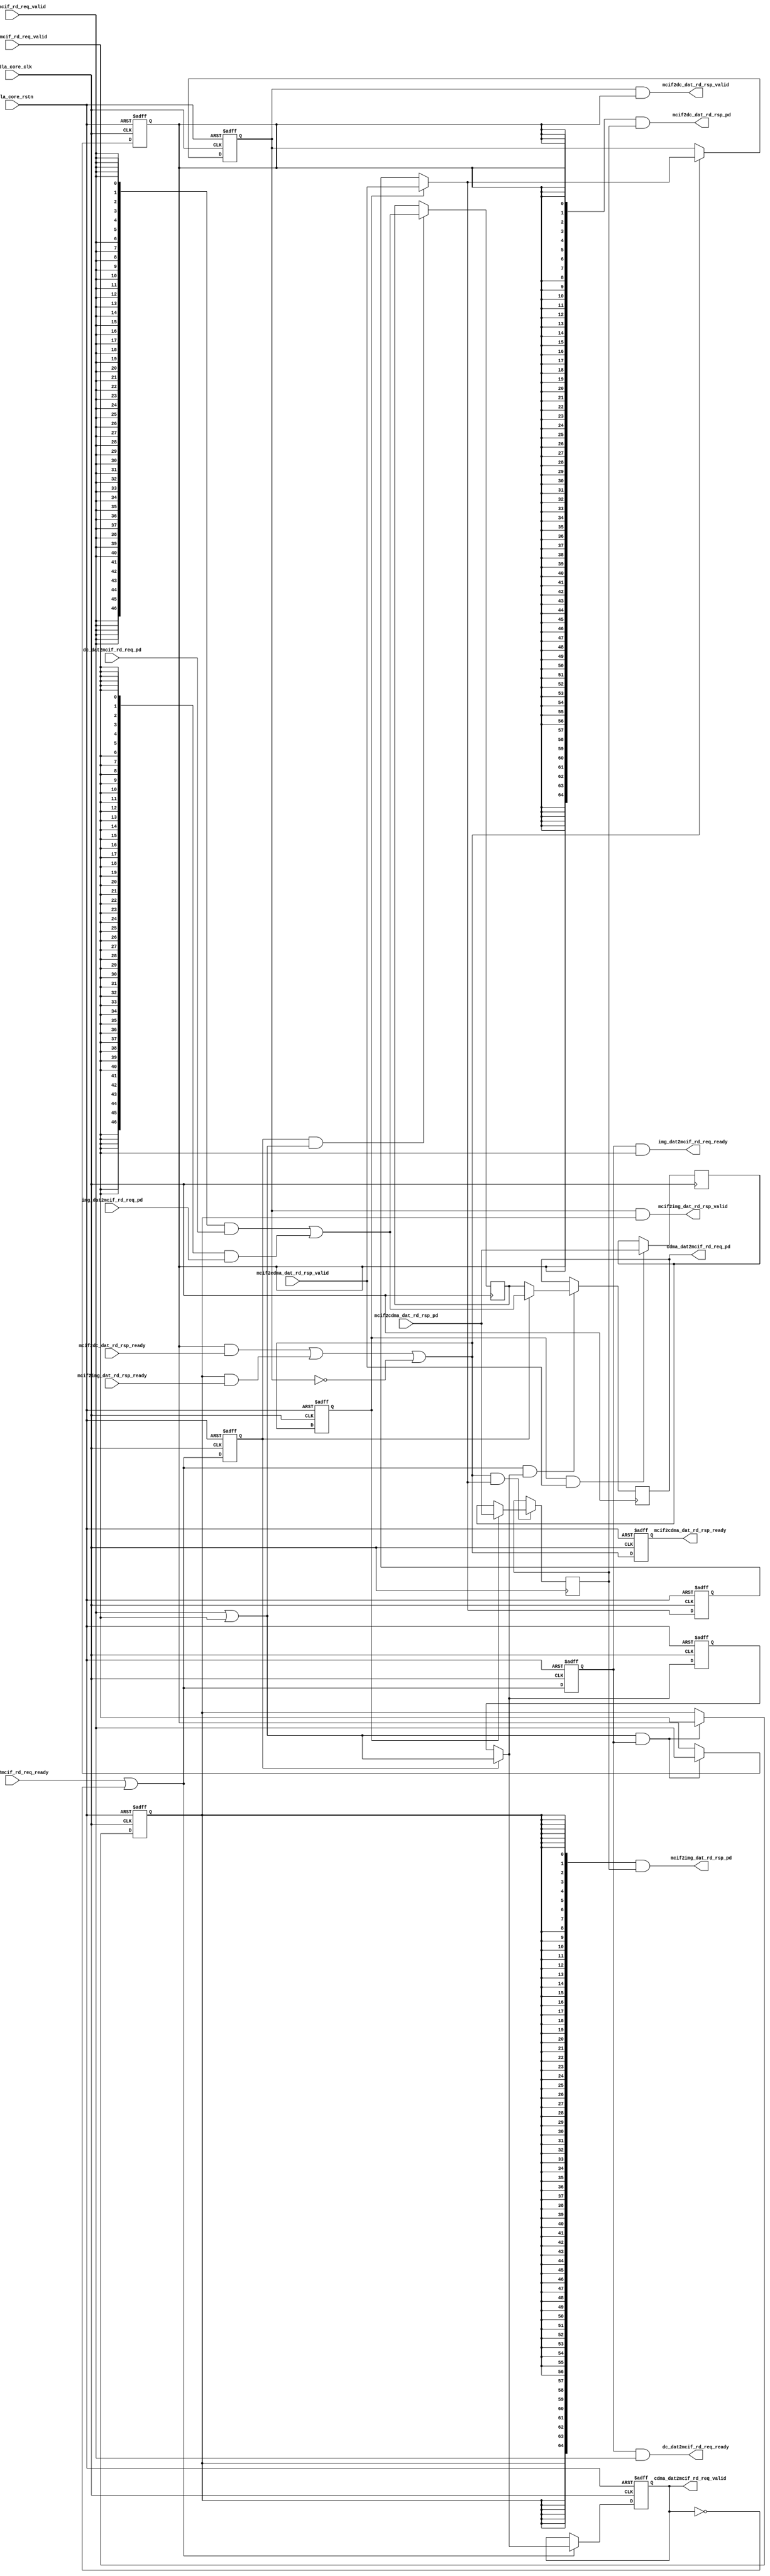
// ================================================================
// NVDLA Open Source Project
//
// Copyright(c) 2016 - 2017 NVIDIA Corporation. Licensed under the
// NVDLA Open Hardware License; Check "LICENSE" which comes with
// this distribution for more information.
// ================================================================
// ================================================================
// NVDLA Open Source Project
// 
// Copyright(c) 2016 - 2017 NVIDIA Corporation.  Licensed under the
// NVDLA Open Hardware License; Check "LICENSE" which comes with 
// this distribution for more information.
// ================================================================
//#define CDMA_SBUF_SDATA_BITS            256
//DorisL-S----------------
//
// #if ( NVDLA_MEMORY_ATOMIC_SIZE  ==  32 )
//     #define IMG_LARGE
// #endif
// #if ( NVDLA_MEMORY_ATOMIC_SIZE == 8 )
//     #define IMG_SMALL
// #endif
//DorisL-E----------------
//--------------------------------------------------
module NV_NVDLA_CDMA_dma_mux (
   nvdla_core_clk
  ,nvdla_core_rstn
  ,dc_dat2mcif_rd_req_valid
  ,dc_dat2mcif_rd_req_ready
  ,dc_dat2mcif_rd_req_pd
  ,img_dat2mcif_rd_req_valid
  ,img_dat2mcif_rd_req_ready
  ,img_dat2mcif_rd_req_pd
  ,cdma_dat2mcif_rd_req_valid
  ,cdma_dat2mcif_rd_req_ready
  ,cdma_dat2mcif_rd_req_pd
  ,mcif2cdma_dat_rd_rsp_valid
  ,mcif2cdma_dat_rd_rsp_ready
  ,mcif2cdma_dat_rd_rsp_pd
  ,mcif2dc_dat_rd_rsp_valid
  ,mcif2dc_dat_rd_rsp_ready
  ,mcif2dc_dat_rd_rsp_pd
  ,mcif2img_dat_rd_rsp_valid
  ,mcif2img_dat_rd_rsp_ready
  ,mcif2img_dat_rd_rsp_pd
  );
////////////////////////////////////////////////////////////////////
input nvdla_core_clk;
input nvdla_core_rstn;
input dc_dat2mcif_rd_req_valid; /* data valid */
output dc_dat2mcif_rd_req_ready; /* data return handshake */
input [( 32 + 15 )-1:0] dc_dat2mcif_rd_req_pd;
output mcif2dc_dat_rd_rsp_valid; /* data valid */
input mcif2dc_dat_rd_rsp_ready; /* data return handshake */
output [( 64 + (64/8/8) )-1:0] mcif2dc_dat_rd_rsp_pd;
input img_dat2mcif_rd_req_valid; /* data valid */
output img_dat2mcif_rd_req_ready; /* data return handshake */
input [( 32 + 15 )-1:0] img_dat2mcif_rd_req_pd;
output mcif2img_dat_rd_rsp_valid; /* data valid */
input mcif2img_dat_rd_rsp_ready; /* data return handshake */
output [( 64 + (64/8/8) )-1:0] mcif2img_dat_rd_rsp_pd;
output cdma_dat2mcif_rd_req_valid; /* data valid */
input cdma_dat2mcif_rd_req_ready; /* data return handshake */
output [( 32 + 15 )-1:0] cdma_dat2mcif_rd_req_pd;
input mcif2cdma_dat_rd_rsp_valid; /* data valid */
output mcif2cdma_dat_rd_rsp_ready; /* data return handshake */
input [( 64 + (64/8/8) )-1:0] mcif2cdma_dat_rd_rsp_pd;
////////////////////////////////////////////////////////////////////
wire [( 32 + 15 )-1:0] cdma_dat2mcif_rd_req_pd;
wire cdma_dat2mcif_rd_req_valid;
wire dc_dat2mcif_rd_req_ready;
wire img_dat2mcif_rd_req_ready;
wire mc_sel_dc_w;
wire mc_sel_img_w;
wire mcif2cdma_dat_rd_rsp_ready;
wire [( 64 + (64/8/8) )-1:0] mcif2dc_dat_rd_rsp_pd;
wire mcif2dc_dat_rd_rsp_valid;
wire [( 64 + (64/8/8) )-1:0] mcif2img_dat_rd_rsp_pd;
wire mcif2img_dat_rd_rsp_valid;
wire [( 32 + 15 )-1:0] req_mc_in_pd;
wire req_mc_in_pvld;
wire req_mc_out_prdy;
wire [( 64 + (64/8/8) )-1:0] rsp_mc_in_pd;
wire rsp_mc_in_pvld;
wire rsp_mc_out_prdy;
reg mc_sel_dc;
reg mc_sel_img;
////////////////////////////////////////////////////////////////////////
// Data request channel //
////////////////////////////////////////////////////////////////////////
//////////////// MCIF interface ////////////////
assign mc_sel_dc_w = dc_dat2mcif_rd_req_valid;
assign mc_sel_img_w = img_dat2mcif_rd_req_valid;
assign req_mc_in_pvld = dc_dat2mcif_rd_req_valid |
                        img_dat2mcif_rd_req_valid;
assign req_mc_in_pd = ({( 32 + 15 ) {mc_sel_dc_w}} & dc_dat2mcif_rd_req_pd) |
                      ({( 32 + 15 ) {mc_sel_img_w}} & img_dat2mcif_rd_req_pd);
//: my $k = ( 32 + 15 );
//: &eperl::pipe("-is -wid ${k} -do req_mc_out_pd -vo req_mc_out_pvld -ri req_mc_out_prdy -di req_mc_in_pd -vi req_mc_in_pvld -ro req_mc_in_prdy");
//| eperl: generated_beg (DO NOT EDIT BELOW)
// Reg
reg req_mc_in_prdy;
reg skid_flop_req_mc_in_prdy;
reg skid_flop_req_mc_in_pvld;
reg [47-1:0] skid_flop_req_mc_in_pd;
reg pipe_skid_req_mc_in_pvld;
reg [47-1:0] pipe_skid_req_mc_in_pd;
// Wire
wire skid_req_mc_in_pvld;
wire [47-1:0] skid_req_mc_in_pd;
wire skid_req_mc_in_prdy;
wire pipe_skid_req_mc_in_prdy;
wire req_mc_out_pvld;
wire [47-1:0] req_mc_out_pd;
// Code
// SKID READY
always @(posedge nvdla_core_clk or negedge nvdla_core_rstn) begin
   if (!nvdla_core_rstn) begin
       req_mc_in_prdy <= 1'b1;
       skid_flop_req_mc_in_prdy <= 1'b1;
   end else begin
       req_mc_in_prdy <= skid_req_mc_in_prdy;
       skid_flop_req_mc_in_prdy <= skid_req_mc_in_prdy;
   end
end

// SKID VALID
always @(posedge nvdla_core_clk or negedge nvdla_core_rstn) begin
    if (!nvdla_core_rstn) begin
        skid_flop_req_mc_in_pvld <= 1'b0;
    end else begin
        if (skid_flop_req_mc_in_prdy) begin
            skid_flop_req_mc_in_pvld <= req_mc_in_pvld;
        end
   end
end
assign skid_req_mc_in_pvld = (skid_flop_req_mc_in_prdy) ? req_mc_in_pvld : skid_flop_req_mc_in_pvld;

// SKID DATA
always @(posedge nvdla_core_clk) begin
    if (skid_flop_req_mc_in_prdy & req_mc_in_pvld) begin
        skid_flop_req_mc_in_pd[47-1:0] <= req_mc_in_pd[47-1:0];
    end
end
assign skid_req_mc_in_pd[47-1:0] = (skid_flop_req_mc_in_prdy) ? req_mc_in_pd[47-1:0] : skid_flop_req_mc_in_pd[47-1:0];


// PIPE READY
assign skid_req_mc_in_prdy = pipe_skid_req_mc_in_prdy || !pipe_skid_req_mc_in_pvld;

// PIPE VALID
always @(posedge nvdla_core_clk or negedge nvdla_core_rstn) begin
    if (!nvdla_core_rstn) begin
        pipe_skid_req_mc_in_pvld <= 1'b0;
    end else begin
        if (skid_req_mc_in_prdy) begin
            pipe_skid_req_mc_in_pvld <= skid_req_mc_in_pvld;
        end
    end
end

// PIPE DATA
always @(posedge nvdla_core_clk) begin
    if (skid_req_mc_in_prdy && skid_req_mc_in_pvld) begin
        pipe_skid_req_mc_in_pd[47-1:0] <= skid_req_mc_in_pd[47-1:0];
    end
end


// PIPE OUTPUT
assign pipe_skid_req_mc_in_prdy = req_mc_out_prdy;
assign req_mc_out_pvld = pipe_skid_req_mc_in_pvld;
assign req_mc_out_pd = pipe_skid_req_mc_in_pd;

//| eperl: generated_end (DO NOT EDIT ABOVE)
assign dc_dat2mcif_rd_req_ready = req_mc_in_prdy & dc_dat2mcif_rd_req_valid;
assign img_dat2mcif_rd_req_ready = req_mc_in_prdy & img_dat2mcif_rd_req_valid;
assign cdma_dat2mcif_rd_req_valid = req_mc_out_pvld;
assign cdma_dat2mcif_rd_req_pd = req_mc_out_pd;
assign req_mc_out_prdy = cdma_dat2mcif_rd_req_ready;
//: &eperl::flop("-nodeclare   -rval \"1'b0\"  -en \"req_mc_in_pvld & req_mc_in_prdy\" -d \"mc_sel_dc_w\" -q mc_sel_dc");
//: &eperl::flop("-nodeclare   -rval \"1'b0\"  -en \"req_mc_in_pvld & req_mc_in_prdy\" -d \"mc_sel_img_w\" -q mc_sel_img");
//| eperl: generated_beg (DO NOT EDIT BELOW)
always @(posedge nvdla_core_clk or negedge nvdla_core_rstn) begin
   if (!nvdla_core_rstn) begin
       mc_sel_dc <= 1'b0;
   end else begin
       if ((req_mc_in_pvld & req_mc_in_prdy) == 1'b1) begin
           mc_sel_dc <= mc_sel_dc_w;
       // VCS coverage off
       end else if ((req_mc_in_pvld & req_mc_in_prdy) == 1'b0) begin
       end else begin
           mc_sel_dc <= 'bx;
       // VCS coverage on
       end
   end
end
always @(posedge nvdla_core_clk or negedge nvdla_core_rstn) begin
   if (!nvdla_core_rstn) begin
       mc_sel_img <= 1'b0;
   end else begin
       if ((req_mc_in_pvld & req_mc_in_prdy) == 1'b1) begin
           mc_sel_img <= mc_sel_img_w;
       // VCS coverage off
       end else if ((req_mc_in_pvld & req_mc_in_prdy) == 1'b0) begin
       end else begin
           mc_sel_img <= 'bx;
       // VCS coverage on
       end
   end
end

//| eperl: generated_end (DO NOT EDIT ABOVE)
//////////////// CVIF interface ////////////////
////////////////////////////////////////////////////////////////////////
// Data response channel //
////////////////////////////////////////////////////////////////////////
//////////////// MCIF interface ////////////////
assign rsp_mc_in_pvld = mcif2cdma_dat_rd_rsp_valid;
assign rsp_mc_in_pd = mcif2cdma_dat_rd_rsp_pd;
//: my $k = ( 64 + (64/8/8) );
//: &eperl::pipe("-is -wid $k -do rsp_mc_out_pd -vo rsp_mc_out_pvld -ri rsp_mc_out_prdy -di rsp_mc_in_pd -vi rsp_mc_in_pvld -ro rsp_mc_in_prdy");
//| eperl: generated_beg (DO NOT EDIT BELOW)
// Reg
reg rsp_mc_in_prdy;
reg skid_flop_rsp_mc_in_prdy;
reg skid_flop_rsp_mc_in_pvld;
reg [65-1:0] skid_flop_rsp_mc_in_pd;
reg pipe_skid_rsp_mc_in_pvld;
reg [65-1:0] pipe_skid_rsp_mc_in_pd;
// Wire
wire skid_rsp_mc_in_pvld;
wire [65-1:0] skid_rsp_mc_in_pd;
wire skid_rsp_mc_in_prdy;
wire pipe_skid_rsp_mc_in_prdy;
wire rsp_mc_out_pvld;
wire [65-1:0] rsp_mc_out_pd;
// Code
// SKID READY
always @(posedge nvdla_core_clk or negedge nvdla_core_rstn) begin
   if (!nvdla_core_rstn) begin
       rsp_mc_in_prdy <= 1'b1;
       skid_flop_rsp_mc_in_prdy <= 1'b1;
   end else begin
       rsp_mc_in_prdy <= skid_rsp_mc_in_prdy;
       skid_flop_rsp_mc_in_prdy <= skid_rsp_mc_in_prdy;
   end
end

// SKID VALID
always @(posedge nvdla_core_clk or negedge nvdla_core_rstn) begin
    if (!nvdla_core_rstn) begin
        skid_flop_rsp_mc_in_pvld <= 1'b0;
    end else begin
        if (skid_flop_rsp_mc_in_prdy) begin
            skid_flop_rsp_mc_in_pvld <= rsp_mc_in_pvld;
        end
   end
end
assign skid_rsp_mc_in_pvld = (skid_flop_rsp_mc_in_prdy) ? rsp_mc_in_pvld : skid_flop_rsp_mc_in_pvld;

// SKID DATA
always @(posedge nvdla_core_clk) begin
    if (skid_flop_rsp_mc_in_prdy & rsp_mc_in_pvld) begin
        skid_flop_rsp_mc_in_pd[65-1:0] <= rsp_mc_in_pd[65-1:0];
    end
end
assign skid_rsp_mc_in_pd[65-1:0] = (skid_flop_rsp_mc_in_prdy) ? rsp_mc_in_pd[65-1:0] : skid_flop_rsp_mc_in_pd[65-1:0];


// PIPE READY
assign skid_rsp_mc_in_prdy = pipe_skid_rsp_mc_in_prdy || !pipe_skid_rsp_mc_in_pvld;

// PIPE VALID
always @(posedge nvdla_core_clk or negedge nvdla_core_rstn) begin
    if (!nvdla_core_rstn) begin
        pipe_skid_rsp_mc_in_pvld <= 1'b0;
    end else begin
        if (skid_rsp_mc_in_prdy) begin
            pipe_skid_rsp_mc_in_pvld <= skid_rsp_mc_in_pvld;
        end
    end
end

// PIPE DATA
always @(posedge nvdla_core_clk) begin
    if (skid_rsp_mc_in_prdy && skid_rsp_mc_in_pvld) begin
        pipe_skid_rsp_mc_in_pd[65-1:0] <= skid_rsp_mc_in_pd[65-1:0];
    end
end


// PIPE OUTPUT
assign pipe_skid_rsp_mc_in_prdy = rsp_mc_out_prdy;
assign rsp_mc_out_pvld = pipe_skid_rsp_mc_in_pvld;
assign rsp_mc_out_pd = pipe_skid_rsp_mc_in_pd;

//| eperl: generated_end (DO NOT EDIT ABOVE)
assign mcif2cdma_dat_rd_rsp_ready = rsp_mc_in_prdy;
assign mcif2dc_dat_rd_rsp_valid = rsp_mc_out_pvld & mc_sel_dc;
assign mcif2img_dat_rd_rsp_valid = rsp_mc_out_pvld & mc_sel_img;
assign mcif2dc_dat_rd_rsp_pd = {( 64 + (64/8/8) ) {mc_sel_dc}} & rsp_mc_out_pd;
assign mcif2img_dat_rd_rsp_pd = {( 64 + (64/8/8) ) {mc_sel_img}} & rsp_mc_out_pd;
assign rsp_mc_out_prdy = (mc_sel_dc & mcif2dc_dat_rd_rsp_ready) |
                         (mc_sel_img & mcif2img_dat_rd_rsp_ready);
////////////////////////////////////////////////////////////////////////
// Assertion //
////////////////////////////////////////////////////////////////////////
`ifdef SPYGLASS_ASSERT_ON
`else
// spyglass disable_block NoWidthInBasedNum-ML
// spyglass disable_block STARC-2.10.3.2a
// spyglass disable_block STARC05-2.1.3.1
// spyglass disable_block STARC-2.1.4.6
// spyglass disable_block W116
// spyglass disable_block W154
// spyglass disable_block W239
// spyglass disable_block W362
// spyglass disable_block WRN_58
// spyglass disable_block WRN_61
`endif // SPYGLASS_ASSERT_ON
`ifdef ASSERT_ON
`ifdef FV_ASSERT_ON
`define ASSERT_RESET nvdla_core_rstn
`else
`ifdef SYNTHESIS
`define ASSERT_RESET nvdla_core_rstn
`else
`ifdef ASSERT_OFF_RESET_IS_X
`define ASSERT_RESET ((1'bx === nvdla_core_rstn) ? 1'b0 : nvdla_core_rstn)
`else
`define ASSERT_RESET ((1'bx === nvdla_core_rstn) ? 1'b1 : nvdla_core_rstn)
`endif // ASSERT_OFF_RESET_IS_X
`endif // SYNTHESIS
`endif // FV_ASSERT_ON
`ifndef SYNTHESIS
// VCS coverage off
  nv_assert_no_x #(0,1,0,"No X's allowed on control signals") zzz_assert_no_x_1x (nvdla_core_clk, `ASSERT_RESET, nvdla_core_rstn, (req_mc_out_pvld^req_mc_out_prdy^req_mc_in_pvld^req_mc_in_prdy)); // spyglass disable W504 SelfDeterminedExpr-ML 
  nv_assert_no_x #(0,1,0,"No X's allowed on control signals") zzz_assert_no_x_3x (nvdla_core_clk, `ASSERT_RESET, 1'd1, (^(req_mc_in_pvld & req_mc_in_prdy))); // spyglass disable W504 SelfDeterminedExpr-ML 
  nv_assert_no_x #(0,1,0,"No X's allowed on control signals") zzz_assert_no_x_4x (nvdla_core_clk, `ASSERT_RESET, 1'd1, (^(req_mc_in_pvld & req_mc_in_prdy))); // spyglass disable W504 SelfDeterminedExpr-ML 
  nv_assert_no_x #(0,1,0,"No X's allowed on control signals") zzz_assert_no_x_5x (nvdla_core_clk, `ASSERT_RESET, 1'd1, (^(req_mc_in_pvld & req_mc_in_prdy))); // spyglass disable W504 SelfDeterminedExpr-ML 
  nv_assert_no_x #(0,1,0,"No X's allowed on control signals") zzz_assert_no_x_6x (nvdla_core_clk, `ASSERT_RESET, nvdla_core_rstn, (req_cv_out_pvld^req_cv_out_prdy^req_cv_in_pvld^req_cv_in_prdy)); // spyglass disable W504 SelfDeterminedExpr-ML 
  nv_assert_no_x #(0,1,0,"No X's allowed on control signals") zzz_assert_no_x_8x (nvdla_core_clk, `ASSERT_RESET, 1'd1, (^(req_cv_in_pvld & req_cv_in_prdy))); // spyglass disable W504 SelfDeterminedExpr-ML 
  nv_assert_no_x #(0,1,0,"No X's allowed on control signals") zzz_assert_no_x_9x (nvdla_core_clk, `ASSERT_RESET, 1'd1, (^(req_cv_in_pvld & req_cv_in_prdy))); // spyglass disable W504 SelfDeterminedExpr-ML 
  nv_assert_no_x #(0,1,0,"No X's allowed on control signals") zzz_assert_no_x_10x (nvdla_core_clk, `ASSERT_RESET, 1'd1, (^(req_cv_in_pvld & req_cv_in_prdy))); // spyglass disable W504 SelfDeterminedExpr-ML 
  nv_assert_no_x #(0,1,0,"No X's allowed on control signals") zzz_assert_no_x_18x (nvdla_core_clk, `ASSERT_RESET, nvdla_core_rstn, (rsp_mc_out_pvld^rsp_mc_out_prdy^rsp_mc_in_pvld^rsp_mc_in_prdy)); // spyglass disable W504 SelfDeterminedExpr-ML 
  nv_assert_no_x #(0,1,0,"No X's allowed on control signals") zzz_assert_no_x_20x (nvdla_core_clk, `ASSERT_RESET, nvdla_core_rstn, (rsp_cv_out_pvld^rsp_cv_out_prdy^rsp_cv_in_pvld^rsp_cv_in_prdy)); // spyglass disable W504 SelfDeterminedExpr-ML 
  nv_assert_hold_throughout_event_interval #(0,1,0,"valid removed before ready") zzz_assert_hold_throughout_event_interval_2x (nvdla_core_clk, `ASSERT_RESET, (req_mc_in_pvld && !req_mc_in_prdy), (req_mc_in_pvld), (req_mc_in_prdy)); // spyglass disable W504 SelfDeterminedExpr-ML 
  nv_assert_hold_throughout_event_interval #(0,1,0,"valid removed before ready") zzz_assert_hold_throughout_event_interval_7x (nvdla_core_clk, `ASSERT_RESET, (req_cv_in_pvld && !req_cv_in_prdy), (req_cv_in_pvld), (req_cv_in_prdy)); // spyglass disable W504 SelfDeterminedExpr-ML 
  nv_assert_hold_throughout_event_interval #(0,1,0,"valid removed before ready") zzz_assert_hold_throughout_event_interval_19x (nvdla_core_clk, `ASSERT_RESET, (rsp_mc_in_pvld && !rsp_mc_in_prdy), (rsp_mc_in_pvld), (rsp_mc_in_prdy)); // spyglass disable W504 SelfDeterminedExpr-ML 
  nv_assert_zero_one_hot #(0,2,0,"Error! DMA resp conflict!") zzz_assert_zero_one_hot_22x (nvdla_core_clk, `ASSERT_RESET, {mcif2cdma_dat_rd_rsp_valid, cvif2cdma_dat_rd_rsp_valid}); // spyglass disable W504 SelfDeterminedExpr-ML 
// VCS coverage on
`endif
`undef ASSERT_RESET
`endif // ASSERT_ON
`ifdef SPYGLASS_ASSERT_ON
`else
// spyglass enable_block NoWidthInBasedNum-ML
// spyglass enable_block STARC-2.10.3.2a
// spyglass enable_block STARC05-2.1.3.1
// spyglass enable_block STARC-2.1.4.6
// spyglass enable_block W116
// spyglass enable_block W154
// spyglass enable_block W239
// spyglass enable_block W362
// spyglass enable_block WRN_58
// spyglass enable_block WRN_61
`endif // SPYGLASS_ASSERT_ON
endmodule // NV_NVDLA_CDMA_dma_mux